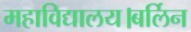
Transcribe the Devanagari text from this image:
महाविद्यालय।बर्लिन